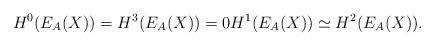
LaTeX: \begin{align*}H^0(E_A(X)) = H^3(E_A(X)) = 0 H^1(E_A(X)) \simeq H^2(E_A(X)).\end{align*}